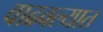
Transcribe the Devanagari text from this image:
वाढवल्यात